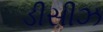
ડીસીઝ